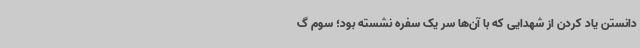
دانستن یاد کردن از شهدایی که با آن‌ها سر یک سفره نشسته بود؛ سوم گ